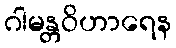
ဂါမန္တဝိဟာရေန